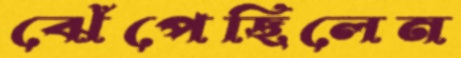
ঝেঁপেছিলেন